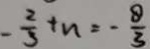
- \frac { 2 } { 3 } + n = - \frac { 8 } { 3 }